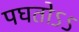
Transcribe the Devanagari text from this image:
पघतोऽऽ